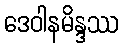
ဒေဝါနမိန္ဒဿ